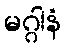
မဂ္ဂါနံ